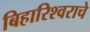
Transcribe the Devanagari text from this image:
बिहारिश्वराचे